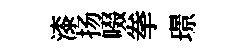
漆扬啜拳璟